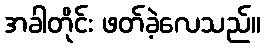
အခါတိုင်း ဖတ်ခဲ့လေသည်။